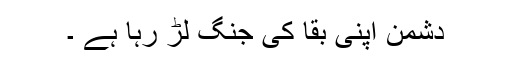
دشمن اپنی بقا کی جنگ لڑ رہا ہے ۔